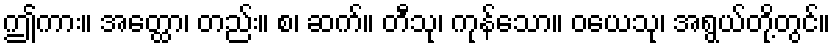
ဤကား။ အတ္ထော၊ တည်း။ စ၊ ဆက်။ တီသု၊ ကုန်သော။ ဝယေသု၊ အရွယ်တို့တွင်။